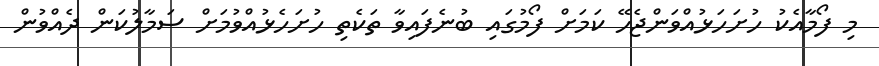
މި ފޯމާއެކު ހުށަހަޅުއްވަންޖެހޭ ކަމަށް ފޯމުގައި ބުނެފައިވާ ތަކެތި ހުށަހެޅުއްވުމަށް ސަމާލުކަން ދެއްވުން